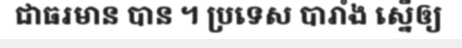
ជាធរមាន បាន ។ ប្រទេស បារាំង ស្នើឲ្យ